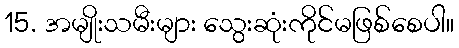
15. အမျိုးသမီးများ သွေးဆုံးကိုင်မဖြစ်စေပါ။